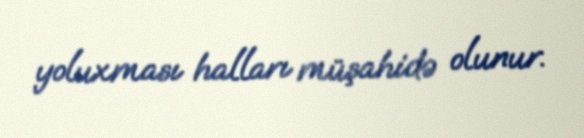
yoluxması halları müşahidə olunur.